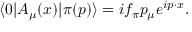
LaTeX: \langle 0 | A _ { \mu } ( x ) | \pi ( p ) \rangle = i f _ { \pi } p _ { \mu } e ^ { i p \cdot x } .